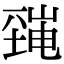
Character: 𡐜